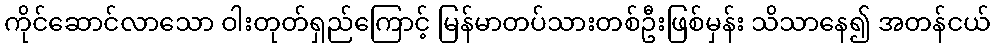
ကိုင်ဆောင်လာသော ဝါးတုတ်ရှည်ကြောင့် မြန်မာတပ်သားတစ်ဦးဖြစ်မှန်း သိသာနေ၍ အတန်ငယ်